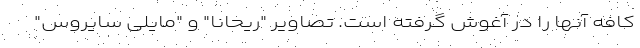
کافه آنها را در آغوش گرفته است. تصاویر "ریحانا" و "مایلی سایروس"